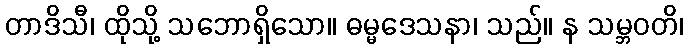
တာဒိသီ၊ ထိုသို့ သဘောရှိသော။ ဓမ္မဒေသနာ၊ သည်။ န သမ္ဘဝတိ၊